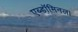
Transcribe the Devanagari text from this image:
एब्डॉमिनल।